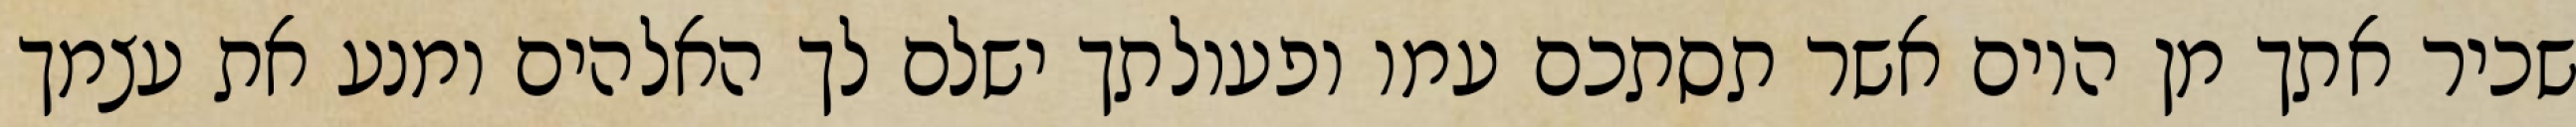
שכיר אתך מן היום אשר תסתכם עמו ופעולתך ישלם לך האלהים ומנע את עצמך